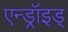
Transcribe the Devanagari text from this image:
एन्ड्रॉइड्